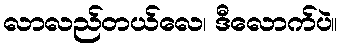
လာလည်တယ်လေ၊ ဒီလောက်ပဲ။